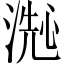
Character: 𬈞